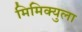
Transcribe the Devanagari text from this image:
मिमिक्युला